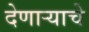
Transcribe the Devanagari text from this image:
देणाऱ्याचे